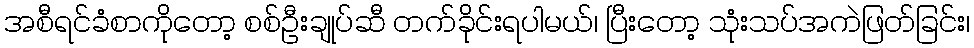
အစီရင်ခံစာကိုတော့ စစ်ဦးချုပ်ဆီ တက်ခိုင်းရပါမယ်၊ ပြီးတော့ သုံးသပ်အကဲဖြတ်ခြင်း၊